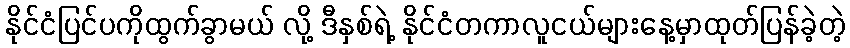
နိုင်ငံပြင်ပကိုထွက်ခွာမယ် လို့ ဒီနှစ်ရဲ့ နိုင်ငံတကာလူငယ်များနေ့မှာထုတ်ပြန်ခဲ့တဲ့